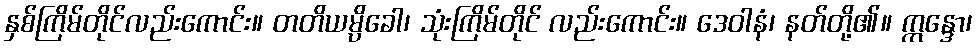
နှစ်ကြိမ်တိုင်လည်းကောင်း။ တတိယမ္ပိခေါ၊ သုံးကြိမ်တိုင် လည်းကောင်း။ ဒေဝါနံ၊ နတ်တို့၏။ ဣန္ဒော၊